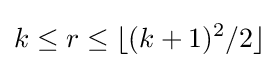
k\leq r\leq \lfloor (k+1)^{2}/2\rfloor